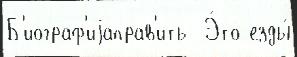
Б'иограф'иjаправ'ить  Э́то езды́